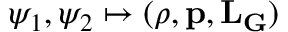
\psi _ { 1 } , \psi _ { 2 } \mapsto ( \rho , \mathbf { p } , \mathbf { L } _ { \mathbf { G } } )